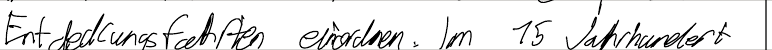
Entdeckungsfahrten einordnen. Im 15. Jahrhundert